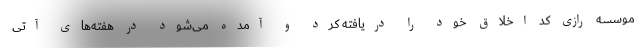
موسسه رازی کد اخلاق خود را دریافته کرد و آمده می‌شود در هفته‌های آتی